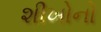
શીખોનો